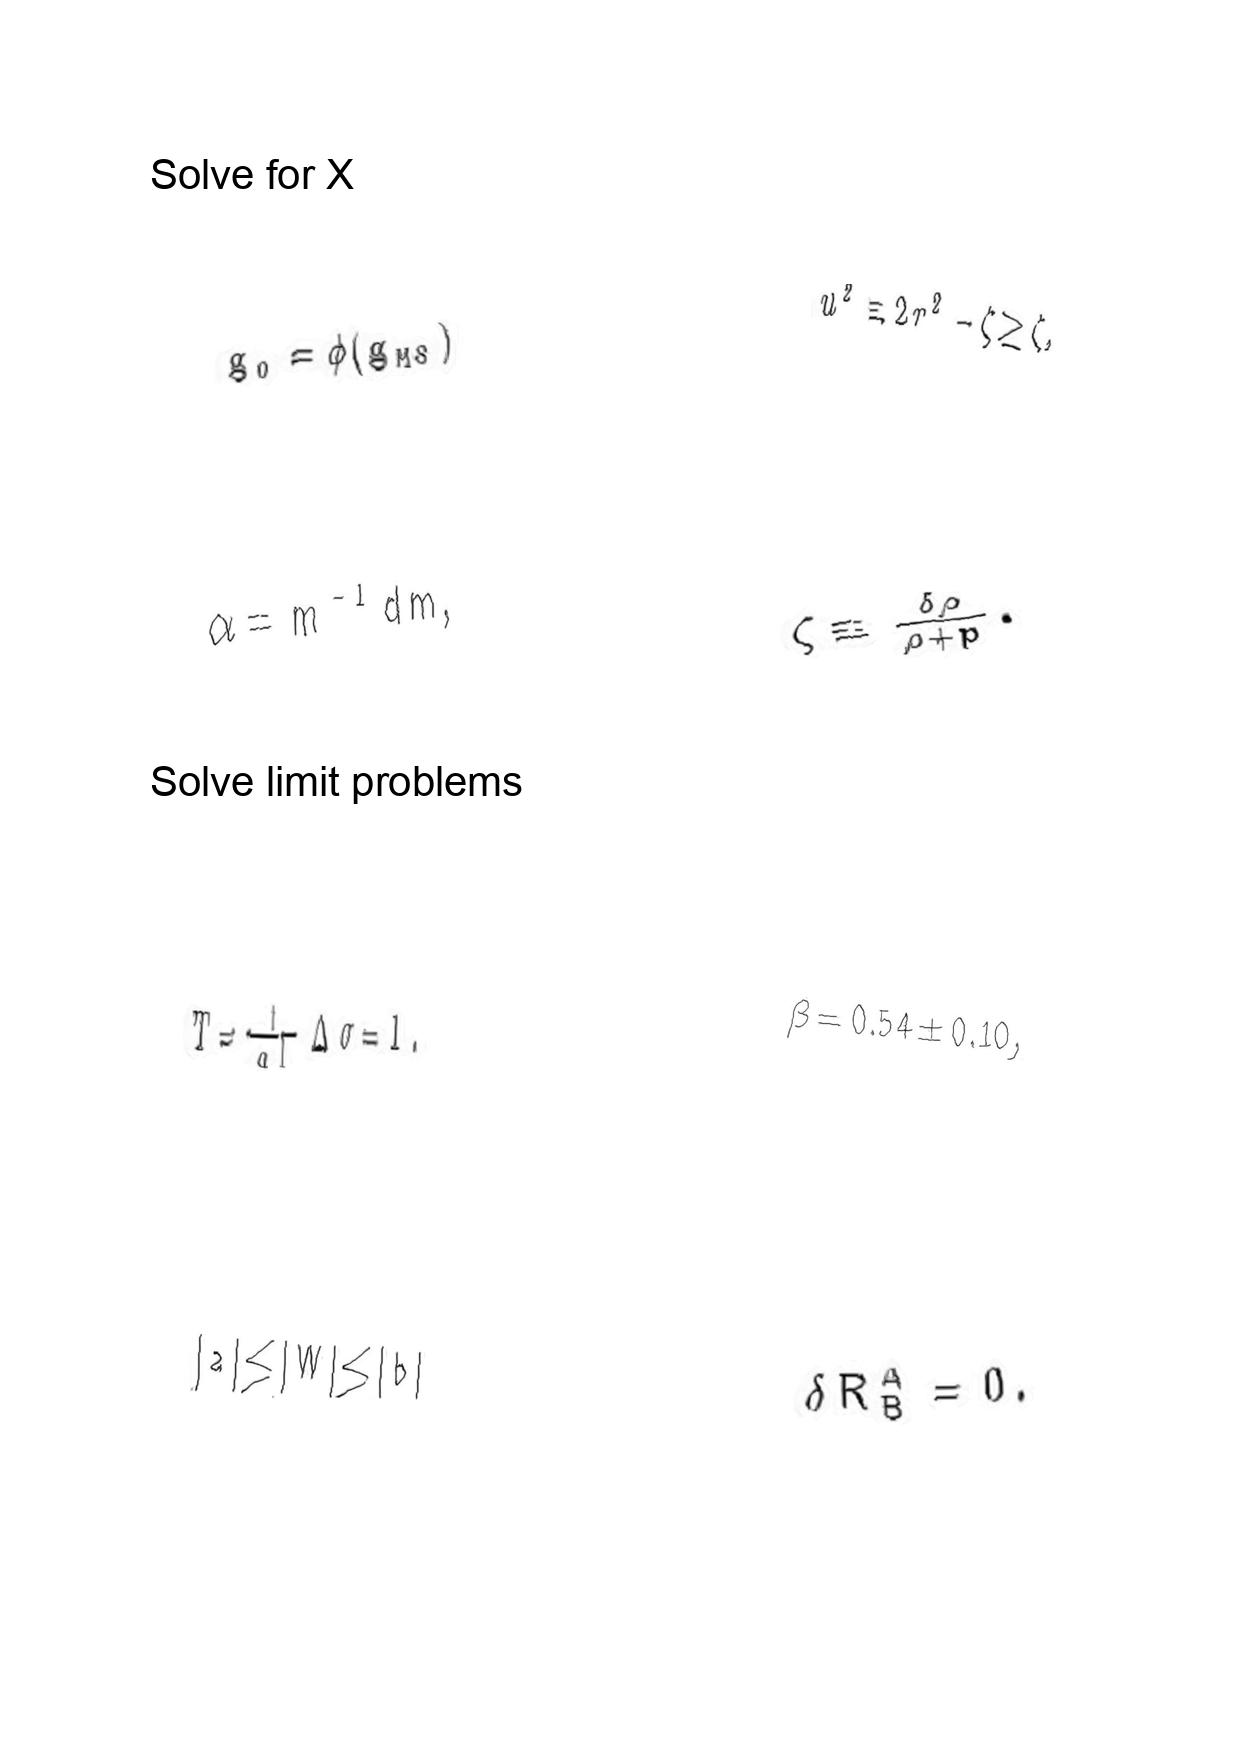
LaTeX transcription:
g _ { 0 } = \phi \lparen g _ { M S } \rparen
\alpha = m ^ { - 1 } d m ,
T = \frac { t } { \alpha l } \Delta \sigma = 1 .
\vert a \vert \le \vert W \vert \le \vert b \vert
u ^ { 2 } \equiv 2 r ^ { 2 } - \zeta \geq \zeta ,
\zeta \equiv \frac { \delta \rho } { \rho + p } .
\beta = 0 . 5 4 \pm 0 . 1 0 ,
\delta R _ { B } ^ { A } = 0 .